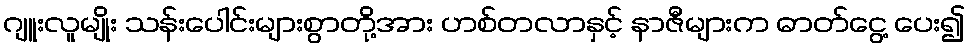
ဂျူးလူမျိုး သန်းပေါင်းများစွာတို့အား ဟစ်တလာနှင့် နာဇီများက ဓာတ်ငွေ့ ပေး၍